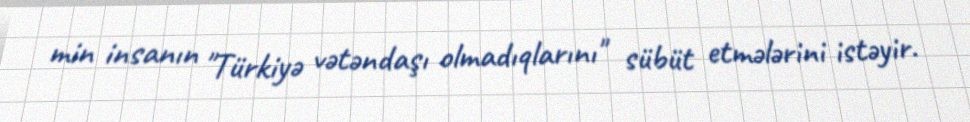
min insanın "Türkiyə vətəndaşı olmadıqlarını" sübüt etmələrini istəyir.